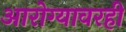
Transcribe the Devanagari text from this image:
आरोग्यावरही